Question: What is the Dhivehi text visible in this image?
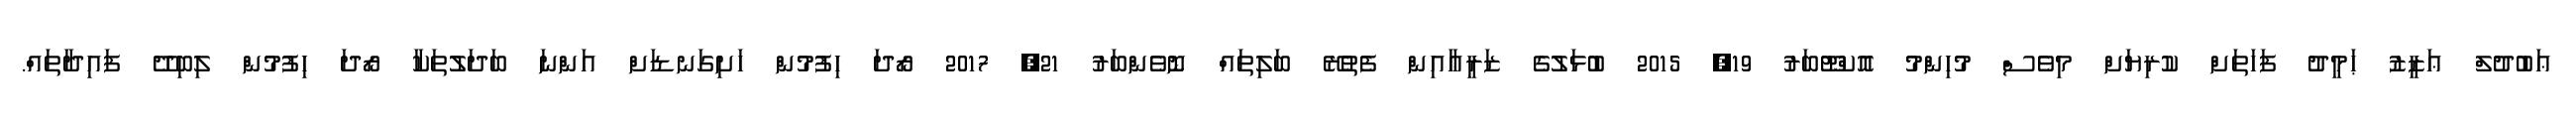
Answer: ޢަބުދުލް ޢަޒީޒު ޙަމީދު ފަހަތަށް ކުރިޔަށް މިވެސް މުހިންމު އޮކްޓޫބަރު 19, 2015 ބުޅަލުގެ ޒަރީޢާއިން ފެތުރޭ ބަލިތައް ނޮވެންބަރު 21, 2017 ރޯދަ ހިފުމުން ހަށިގަނޑަށް އަންނަ ބަދަލުތަކާ ރޯދަ ހިފުމުން ލިބިދޭ ފައިދާތައް.